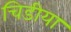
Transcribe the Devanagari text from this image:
चिडीया